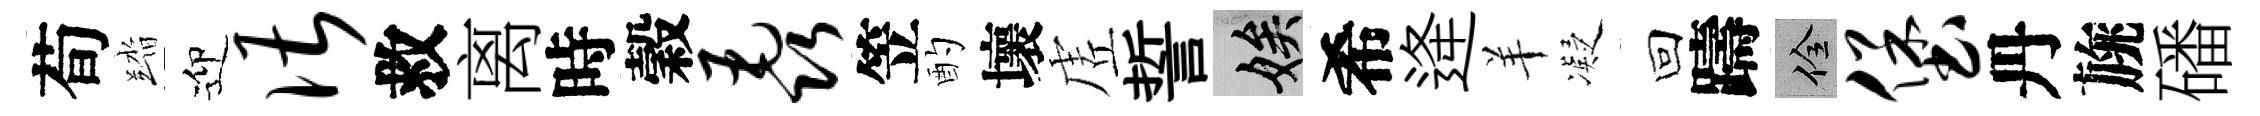
荀踏迎谌救离時穀毳笠酌壞虗誓娭希逄羊凝回躊佺堡丹旐磻